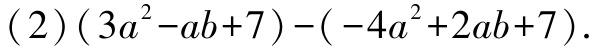
(2)$(3a^{2}-ab + 7)-(-4a^{2}+2ab + 7)$